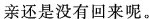
亲还是没有回来呢。